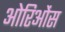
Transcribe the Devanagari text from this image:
ओरिओंस